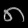
Digit: ၈